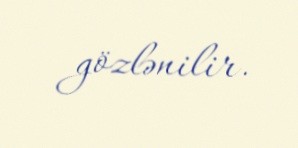
gözlənilir.